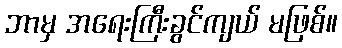
ဘာမှ အရေးကြီးခွင်ကျယ် မဖြစ်။